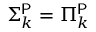
\Sigma _ { k } ^ { \mathsf { P } } = \Pi _ { k } ^ { \mathsf { P } }